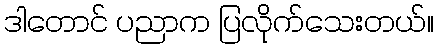
ဒါတောင် ပညာက ပြလိုက်သေးတယ်။